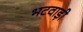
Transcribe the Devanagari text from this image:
भटवाड़ी